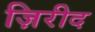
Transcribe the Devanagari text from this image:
ज़िरीद